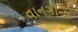
વાનગીના